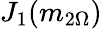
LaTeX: J_{1}(m_{2\Omega})